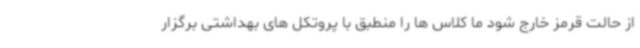
از حالت قرمز خارج شود ما کلاس ها را منطبق با پروتکل های بهداشتی برگزار